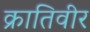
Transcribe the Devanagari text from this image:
क्रातिवीर